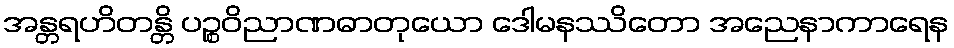
အန္တရဟိတန္တိ ပဉ္စဝိညာဏဓာတုယော ဒေါမနဿိတော အညေနာကာရေန